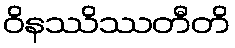
ဝိနဿိဿတီတိ